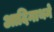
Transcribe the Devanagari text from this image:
आदिनाथने